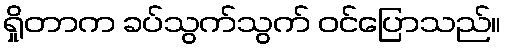
ရှိုတာက ခပ်သွက်သွက် ဝင်ပြောသည်။